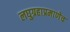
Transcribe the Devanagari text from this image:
लघुग्रहाप्रमाणेच